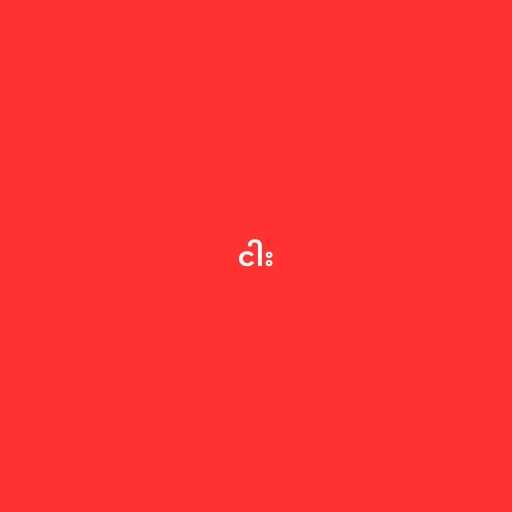
ငါး